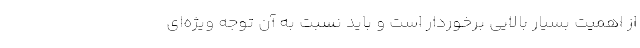
از اهمیت بسیار بالایی برخوردار است و باید نسبت به آن توجه ویژه‌ای